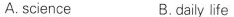
A. science B. daily life